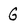
Character: G